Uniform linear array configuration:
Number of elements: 12
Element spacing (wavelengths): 0.75
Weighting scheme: binomial
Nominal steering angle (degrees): -30
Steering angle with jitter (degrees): -29.206
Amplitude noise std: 0.05
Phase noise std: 0.05

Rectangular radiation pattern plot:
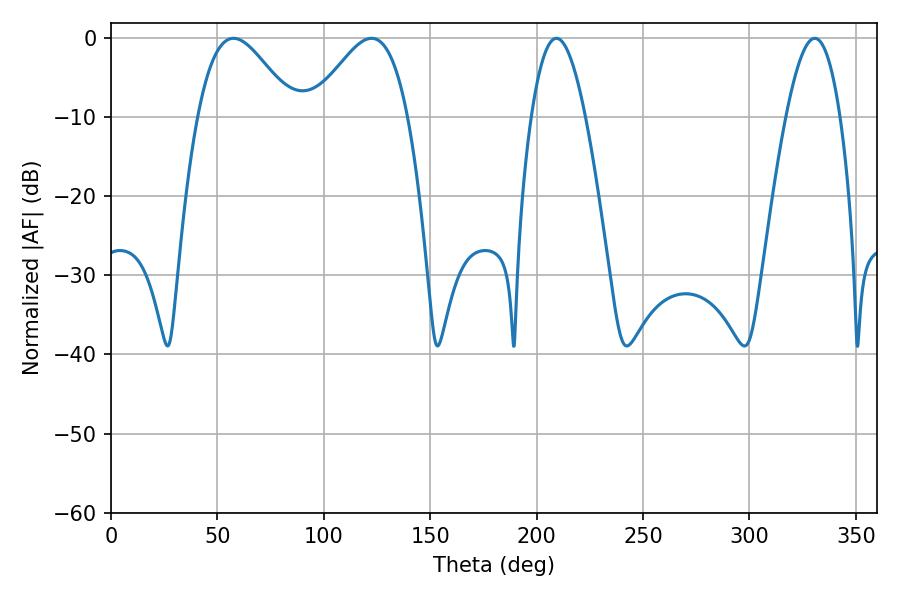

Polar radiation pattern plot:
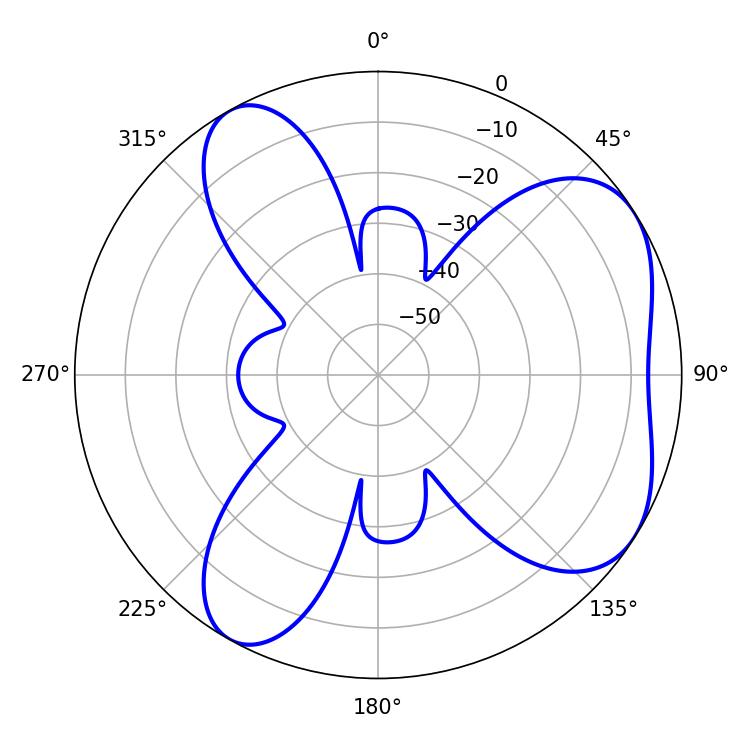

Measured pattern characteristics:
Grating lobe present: TRUE
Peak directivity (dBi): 5.513
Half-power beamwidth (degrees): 24.12
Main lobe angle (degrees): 57.6